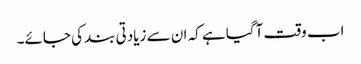
اب وقت آگیا ہے کہ ان سے زیادتی بند کی جائے۔